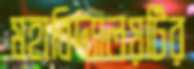
মহাবিদ্যালয়টির